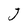
Character: J